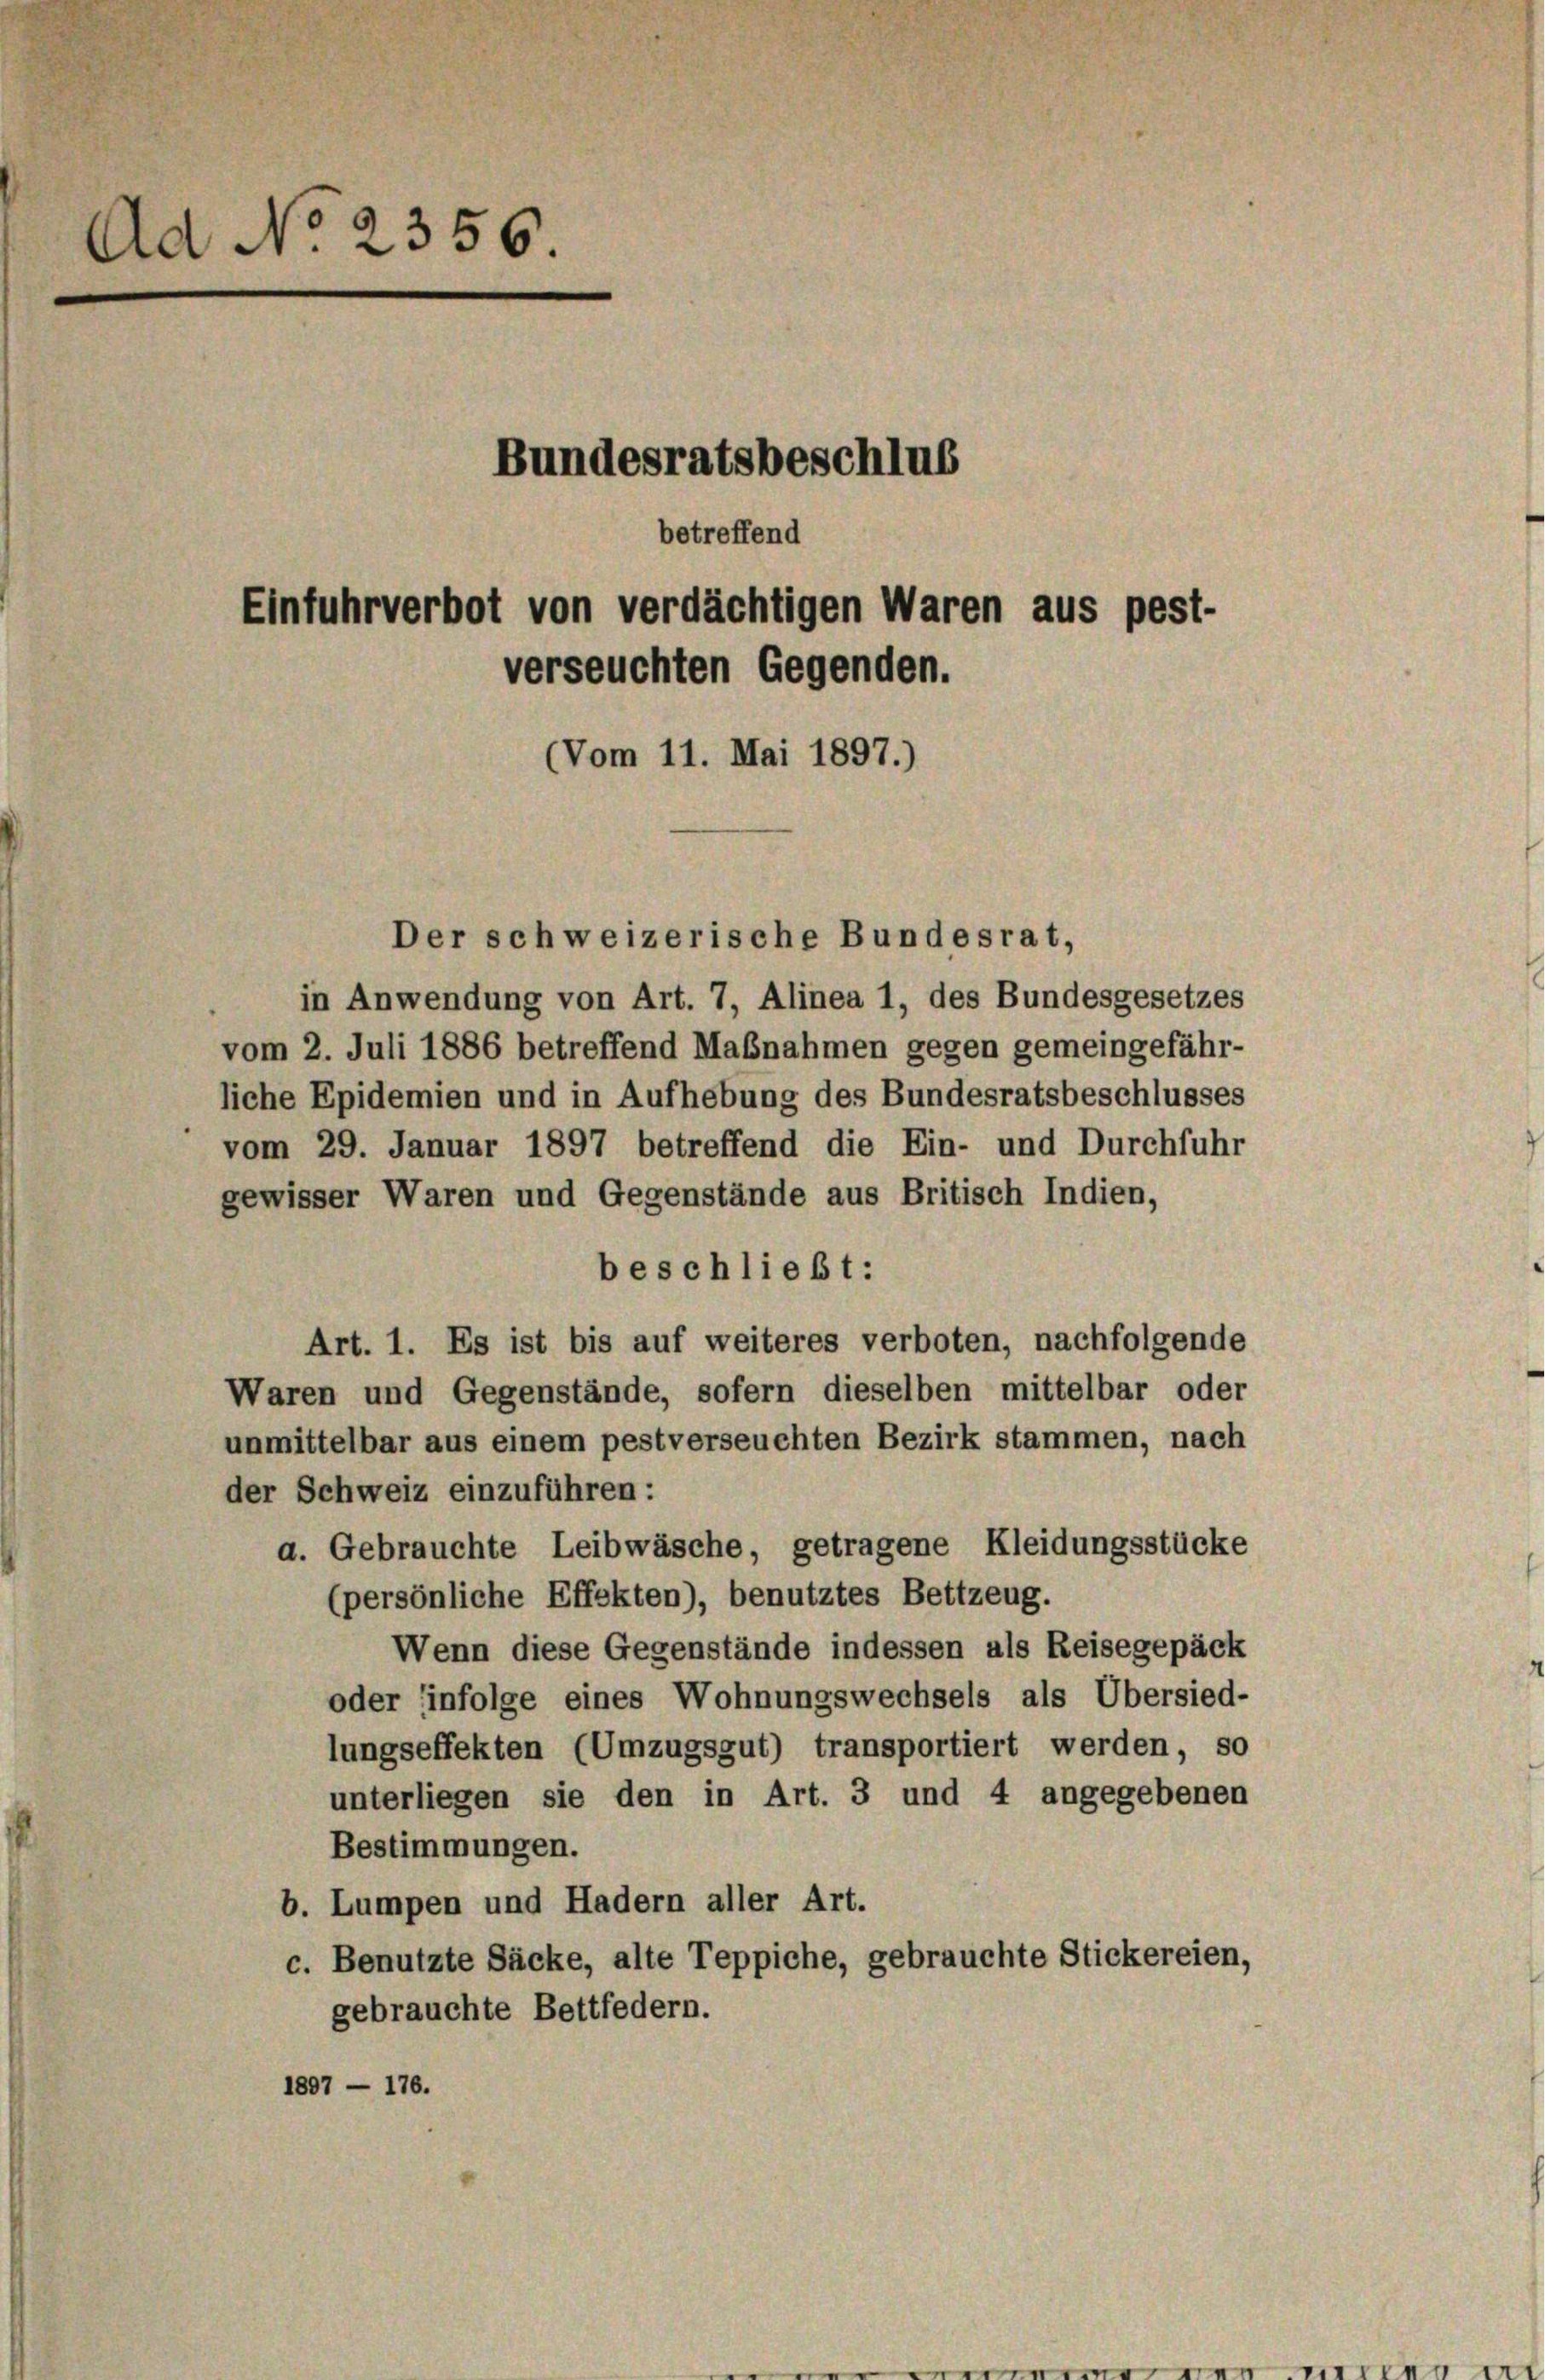
Ad No 2356
Bundesratsbeschlus
betreffend
Einfuhrverbot von verdächtigen Waren aus pest-
verseuchten Gegenden.
(Vom 11. Mai 1897.)

Der schweizerische Bundesrat,
in Anwendung von Art. 7, Alinea 1, des Bundesgesetzes
vom 2. Juli 1886 betreffend Mabnahmen gegen gemeingefähr-
liche Epidemien und in Aufhebung des Bundesratsbeschlusses
vom 29. Januar 1897 betreffend die Ein- und Durchfuhr
gewisser Waren und Gegenstände aus Britisch Indien,
beschließt:
Art. 1. Es ist bis auf weiteres verboten, nachfolgende
Waren und Gegenstände, sofern dieselben mittelbar oder
unmittelbar aus einem pestverseuchten Bezirk stammen, nach
der Schweiz einzuführen:
a. Gebrauchte Leibwäsche, getragene Kleidungsstücke
(persönliche Effekten), benutztes Bettzeug.
Wenn diese Gegenstände indessen als Reisegepäck
oder infolge eines Wohnungswechsels als Übersied-
lungseffekten (Umzugsgut) transportiert werden, so
unterliegen sie den in Art. 3 und 4 angegebenen
Bestimmungen.
b. Lumpen und Hadern aller Art.
c. Benutzte Säcke, alte Teppiche, gebrauchte Stickereien,
gebrauchte Bettfedern.
1897 - 176.